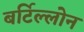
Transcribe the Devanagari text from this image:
बर्टिल्लोन